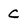
Character: C